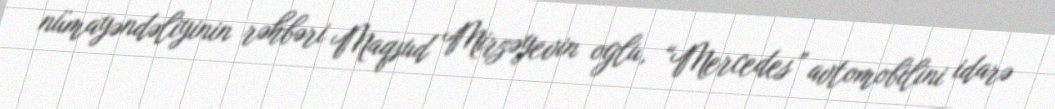
nümayəndəliyinin rəhbəri Maqsud Mirzəyevin oglu, “Mercedes” avtomobilini idarə